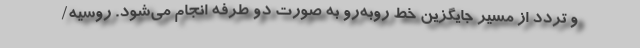
و تردد از مسیر جایگزین خط روبه‌رو به صورت دو طرفه انجام می‌شود. روسیه/